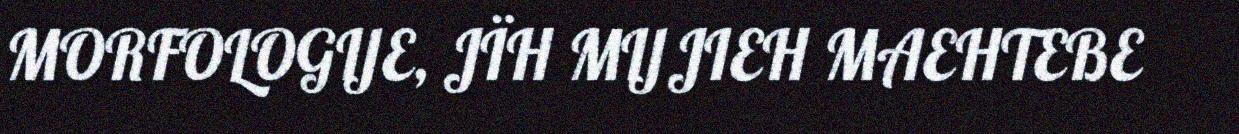
MORFOLOGIJE, JÏH MIJJIEH MAEHTEBE